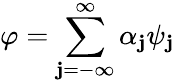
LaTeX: \varphi=\sum_{\mathbf{j}=-\infty}^{\infty}\alpha_{\mathbf{j}}\psi_{\mathbf{j}}